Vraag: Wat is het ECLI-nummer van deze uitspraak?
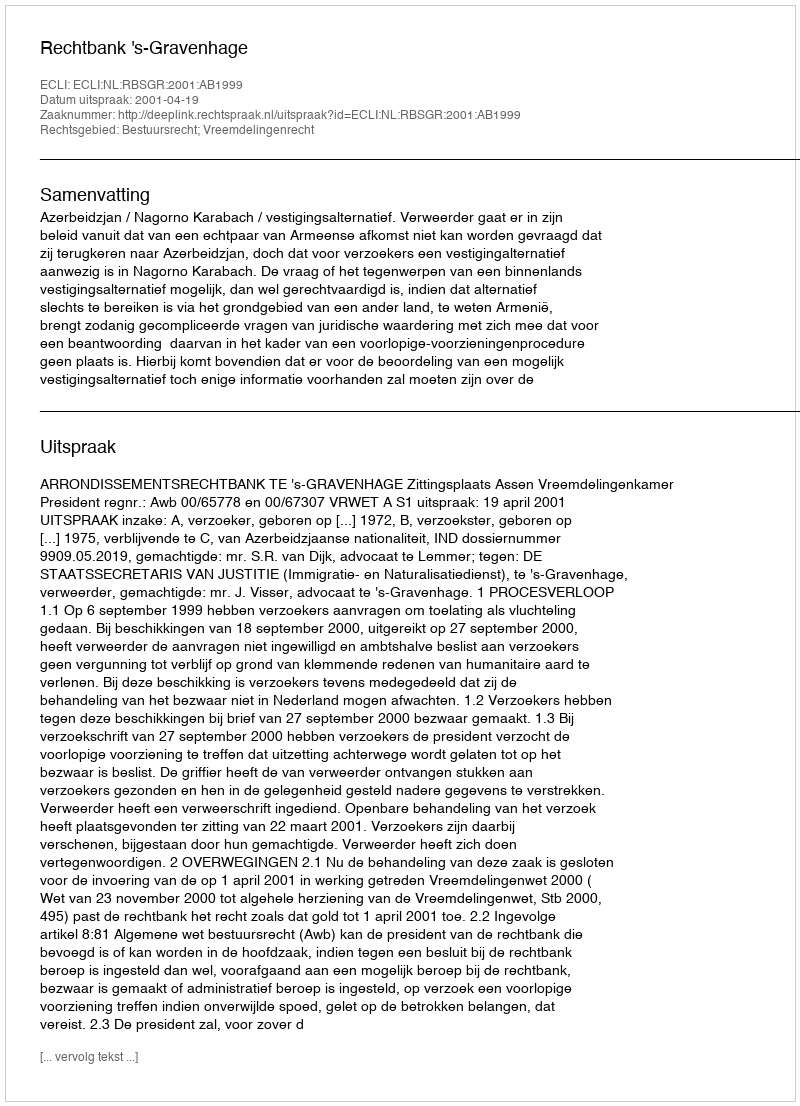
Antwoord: ECLI:NL:RBSGR:2001:AB1999